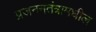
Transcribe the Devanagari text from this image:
प्रजननतंत्रामधील